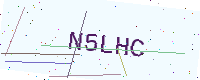
Text: N5LHC